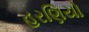
હરણિયો